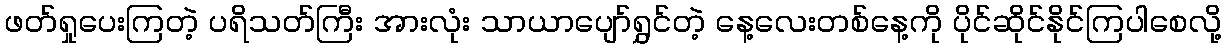
ဖတ်ရှုပေးကြတဲ့ ပရိသတ်ကြီး အားလုံး သာယာပျော်ရွှင်တဲ့ နေ့လေးတစ်နေ့ကို ပိုင်ဆိုင်နိုင်ကြပါစေလို့